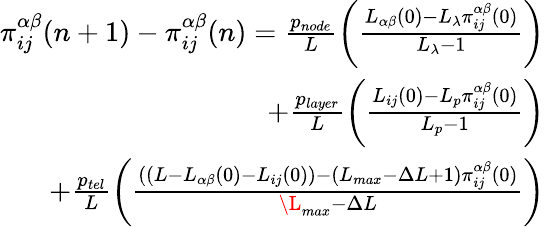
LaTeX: \begin{array}{r}{\pi_{ij}^{\alpha\beta}(n+1)-\pi_{ij}^{\alpha\beta}(n)=\frac{p_{node}}{L}\left(\frac{L_{\alpha\beta}(0)-L_{\lambda}\pi_{ij}^{\alpha\beta}(0)}{L_{\lambda}-1}\right)}\\ {+\frac{p_{layer}}{L}\left(\frac{L_{ij}(0)-L_{p}\pi_{ij}^{\alpha\beta}(0)}{L_{p}-1}\right)}\\ {+\frac{p_{tel}}{L}\left(\frac{((L-L_{\alpha\beta}(0)-L_{ij}(0))-(L_{max}-\Delta L+1)\pi_{ij}^{\alpha\beta}(0)}{\L_{max}-\Delta L}\right)}\end{array}